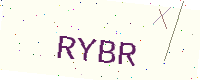
Text: RYBR